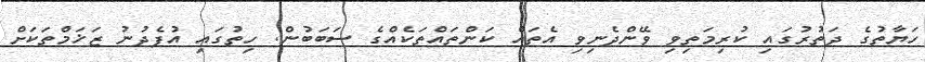
ހަޔާތުގެ ދަތުރުގައި ކުރިމަތިވި ވޭންދެނިވި އެތައް ކަންތައްތަކެއްގެ ސަބަބުން